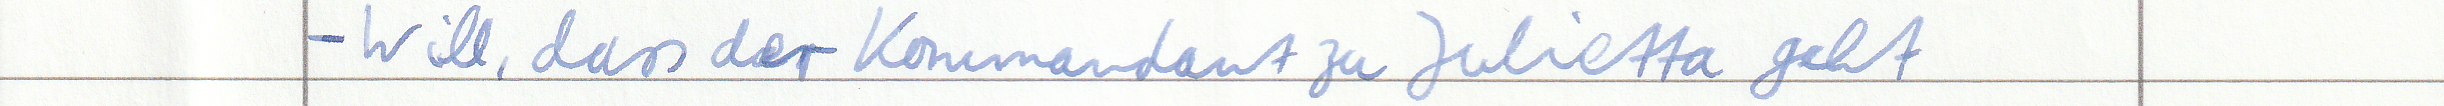
- Will, dass der Kommandant zu Julietta geht